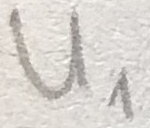
Text: U1